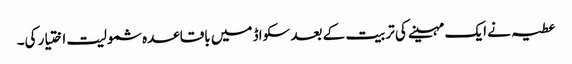
عطیہ نے ایک مہینے کی تربیت کے بعد سکواڈ میں باقاعدہ شمولیت اختیار کی۔